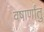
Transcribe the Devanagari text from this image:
वषार्णांतु